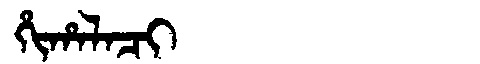
Manchu: ᡥᡳᡥᠠᠯᠠᠴᡳ
Romanization: HIHALACI